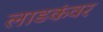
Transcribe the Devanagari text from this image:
लाडकंवर